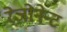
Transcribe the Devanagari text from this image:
रेजोनेन्ट